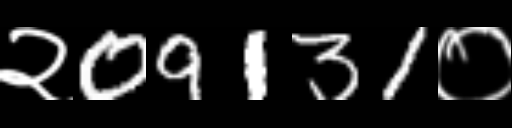
Text: २09131०